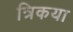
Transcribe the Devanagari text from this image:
त्रिकया